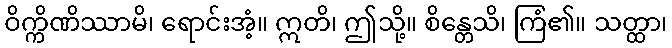
ဝိက္ကိဏိဿာမိ၊ ရောင်းအံ့။ ဣတိ၊ ဤသို့။ စိန္တေသိ၊ ကြံ၏။ သတ္ထာ၊